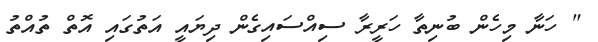
" ހަނާ މިހެން ބުނިތާ ހަރީރާ ސިއްސައިގެން ދިޔައީ އަތުގައި އޮތް ތުއްތު